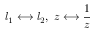
l _ { 1 } \longleftrightarrow l _ { 2 } , \; z \longleftrightarrow \frac 1 z